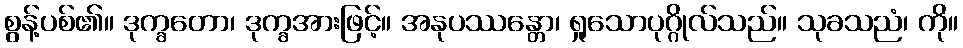
စွန့်ပစ်၏။ ဒုက္ခတော၊ ဒုက္ခအားဖြင့်။ အနုပဿန္တော၊ ရှုသောပုဂ္ဂိုလ်သည်။ သုခသညံ၊ ကို။